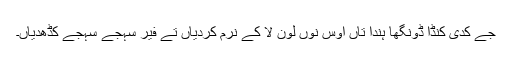
جے کدی کنڈا ڈونگھا ہُندا تاں اُوس نوں لون لا کے نرم کردیاں تے فیر سہجے سہجے کڈھدیاں۔